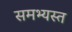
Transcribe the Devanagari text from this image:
समभ्यस्त